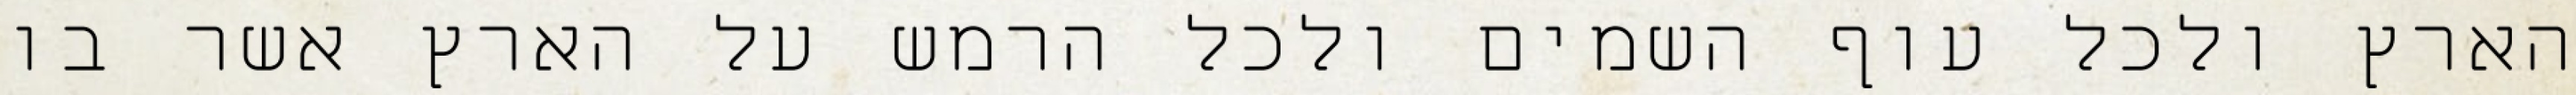
הארץ ולכל עוף השמים ולכל הרמש על הארץ אשר בו